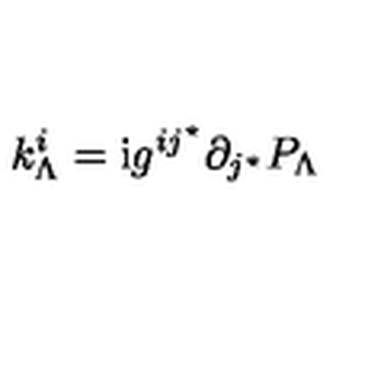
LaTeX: k _ { \Lambda } ^ { i } = \mathrm { { i } } g ^ { i j ^ { \star } } \partial _ { j ^ { \star } } P _ { \Lambda }